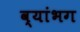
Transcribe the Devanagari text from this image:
व्यांभग